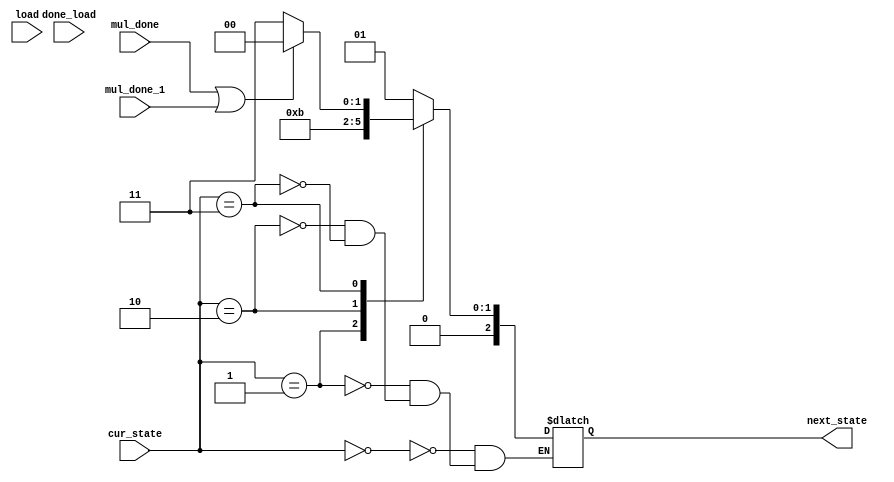
module next_state_mul(cur_state, next_state, mul_done,load,done_load , mul_done_1);
	input [2:0]	cur_state;
	input mul_done,load , done_load;
	
	input mul_done_1;
	
	output reg [2:0] next_state;
	
	always @ * begin 
		case(cur_state)
			3'b000: 	next_state<=3'b001;
			3'b001: 	begin 
								next_state<=3'b010;
						end
			3'b010: 	next_state<=3'b011;
			3'b011:	begin 
							if (mul_done || mul_done_1)
								next_state<=3'b000;
							else 
								next_state	<=3'b011;
						end
		endcase
		
	end 
endmodule